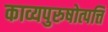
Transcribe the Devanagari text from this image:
काव्यपुरुषोत्पत्ति